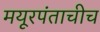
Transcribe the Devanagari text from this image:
मयूरपंताचीच